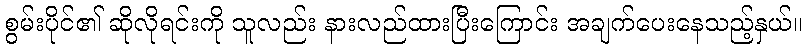
စွမ်းပိုင်၏ ဆိုလိုရင်းကို သူလည်း နားလည်ထားပြီးကြောင်း အချက်ပေးနေသည့်နှယ်။